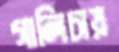
গালিচায়